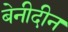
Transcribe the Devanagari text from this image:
बेनीदीन